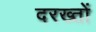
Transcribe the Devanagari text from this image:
दरख्तों